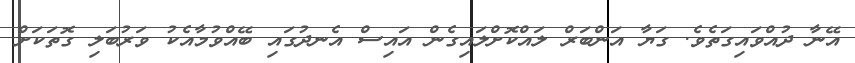
އޭނާ ދުއްވައިގަތެވެ. ގަޔާ އަންބަރް ލައްކޮށްލައިގެން އައިސް އެނދުގައި ބޭއްވުމާއެކު ވަރުބަލި ގޮތަކަށް